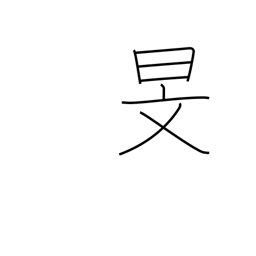
Meaning: the autumn sky